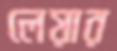
লেয়ার